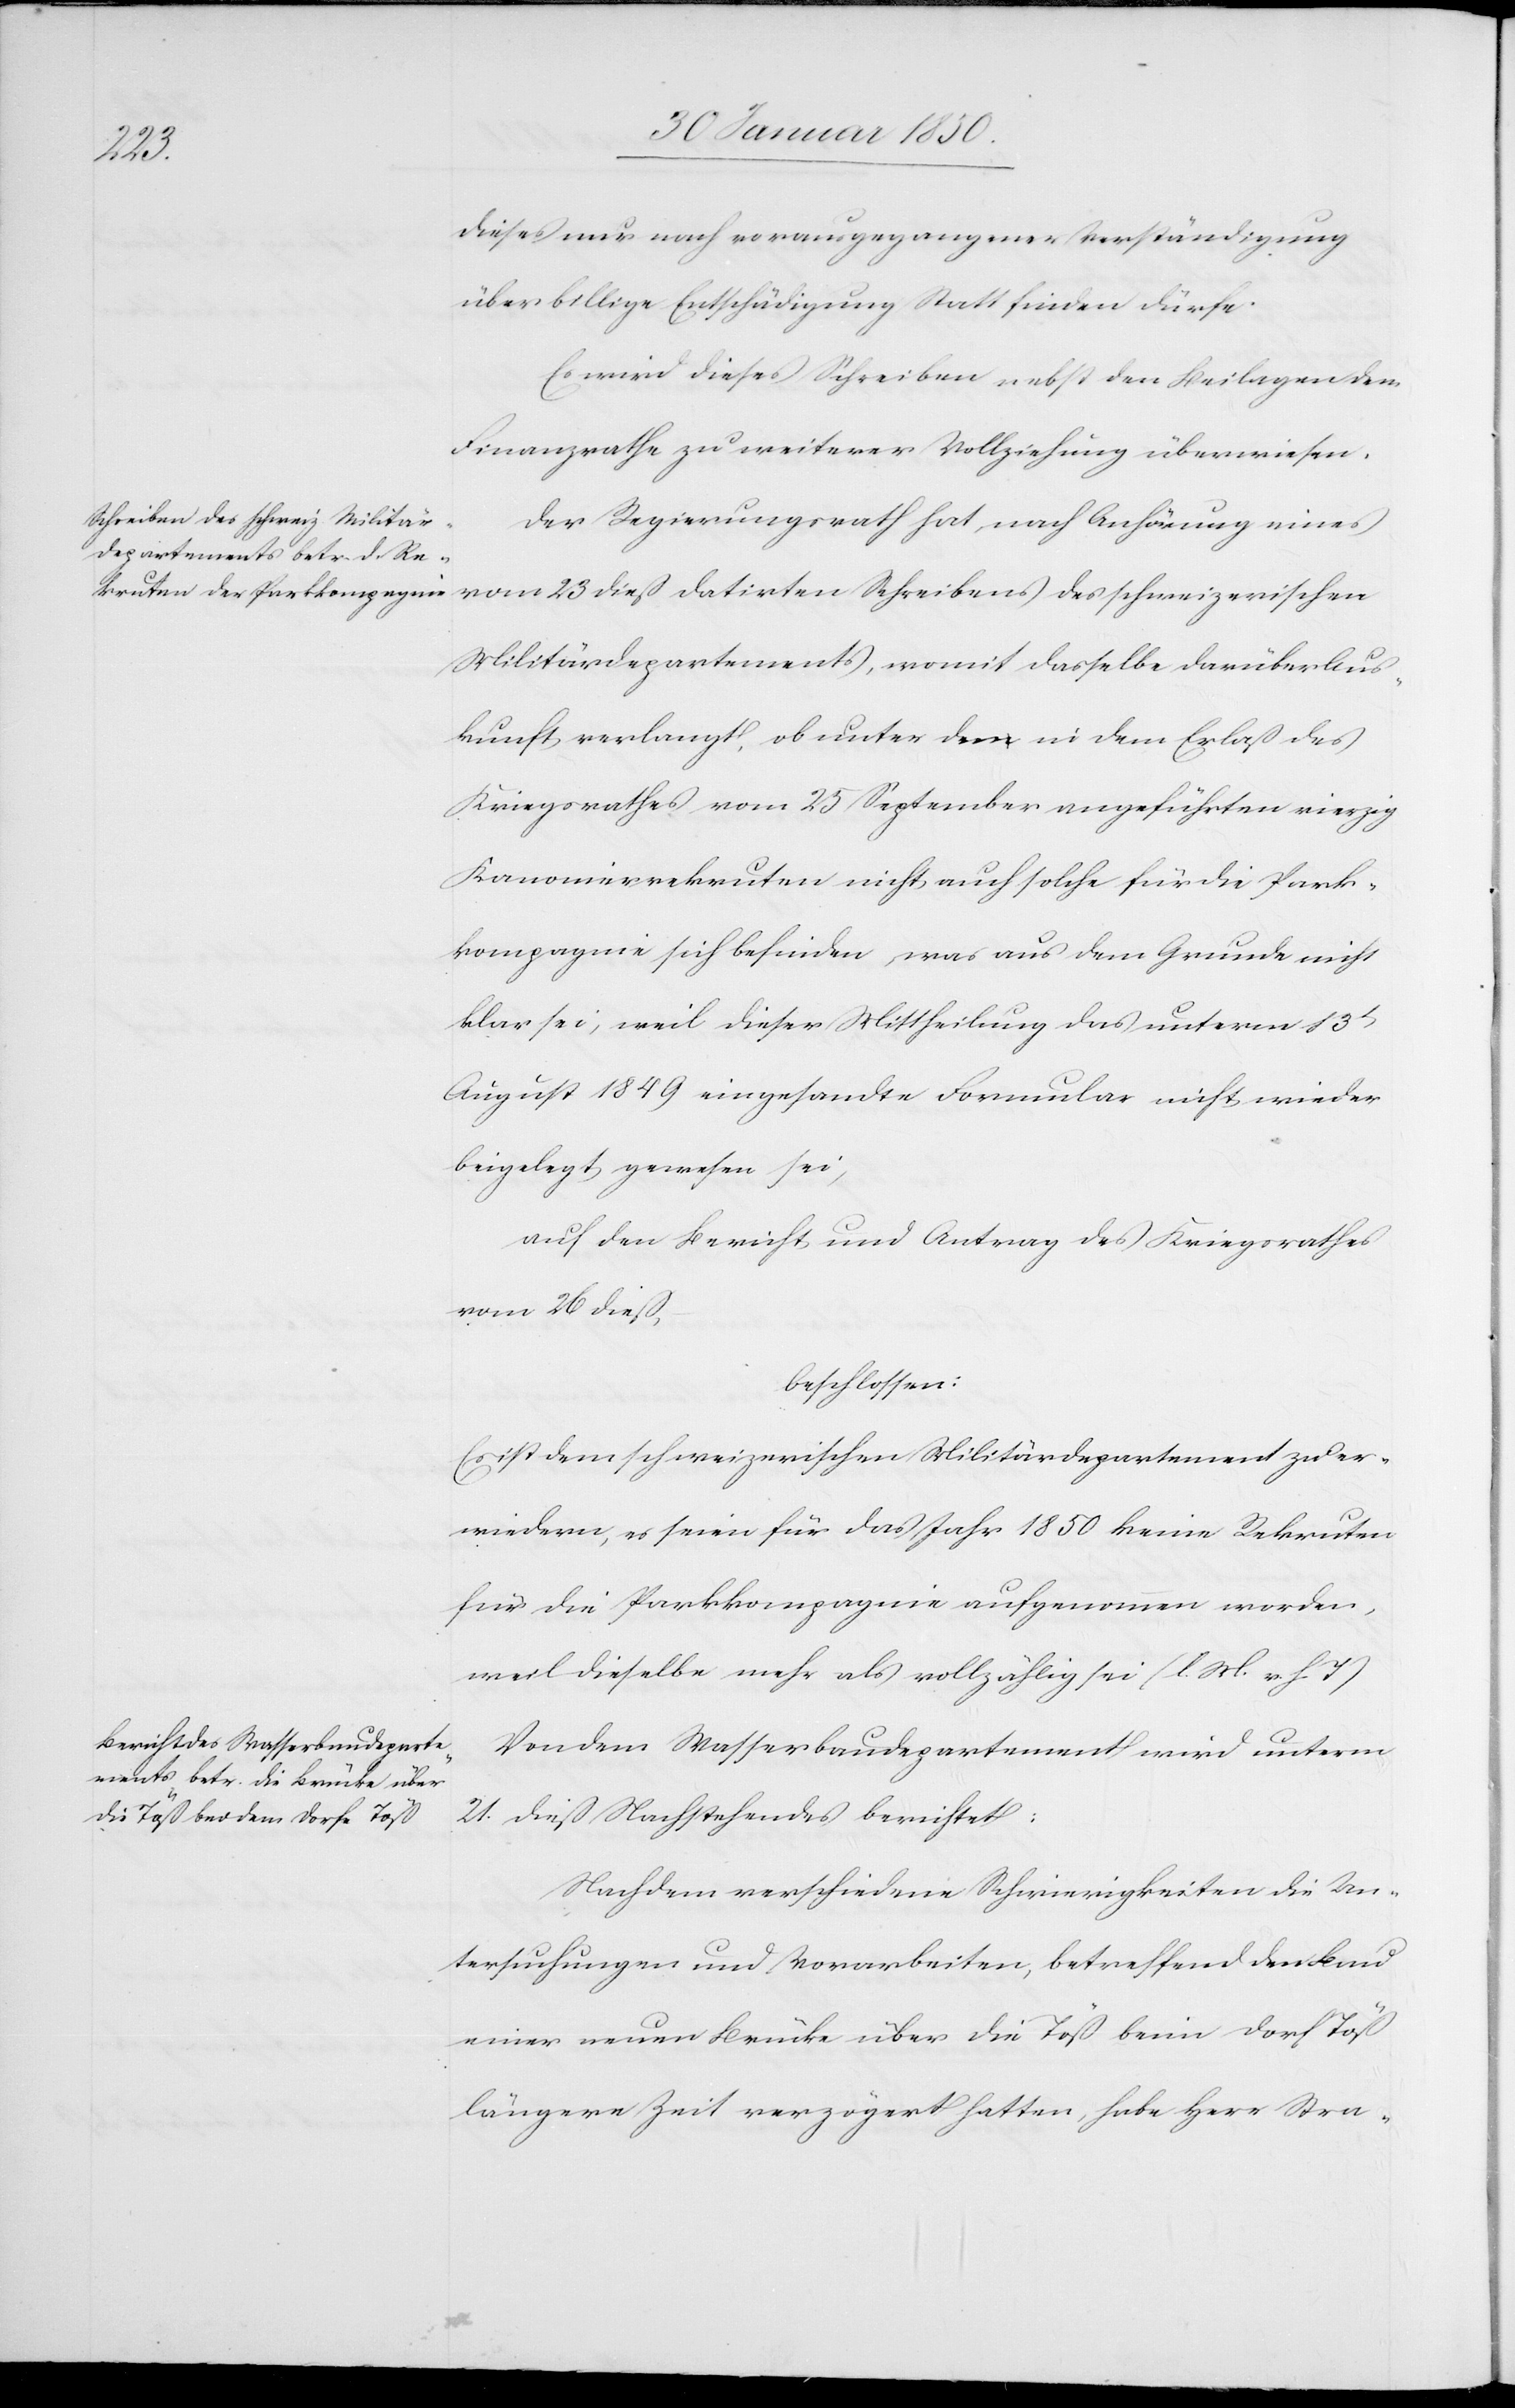
dieses nur nach vorausgegangener Verständigung
über billige Entschädigung Statt finden dürfe.
Es wird dieses Schreiben nebst den Beilagen dem
Finanzrathe zu weiterer Vollziehung überwiesen.
Der Regierungsrath hat, nach Anhörung eines
vom 23 dieß datirten Schreibens des schweizerischen
Militärdepartements, womit dasselbe darüber Aus¬
kunft verlangt, ob unter den in dem Erlaß des
Kriegsrathes vom 25 September angeführten vierzig
Kanonierrekruten nicht auch solche für die Park¬
kompagnie sich befinden, was aus dem Grunde nicht
klar sei, weil dieser Mittheilung das unterm 13t
August 1849 eingesandte Formular nicht wieder
beigelegt gewesen sei,
auf den Bericht und Antrag des Kriegsrathes
vom 26 dieß,
beschlossen:
Es ist dem schweizerischen Militärdepartement zu er¬
wiedern, es seien für das Jahr 1850 keine Rekruten
für die Parkkompagnie aufgenommen worden,
weil dieselbe mehr als vollzählig sei (l. M. v. h. T.)
Von dem Wasserbaudepartement wird unterm
21. dieß Nachstehendes berichtet:
Nachdem verschiedene Schwierigkeiten die Un¬
tersuchungen und Vorarbeiten, betreffend den Bau
einer neuen Brücke über die Töß beim Dorf Töß
längere Zeit verzögert hatten, habe Herr Stra-